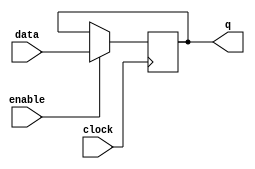
module level_sensitive_latch (
    input data,
    input clock,
    input enable,
    output reg q
);

always @(posedge clock) begin
    if (enable) begin
        q <= data;
    end
end

endmodule